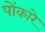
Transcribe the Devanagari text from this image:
पोंकारे